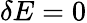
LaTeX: \delta E=0